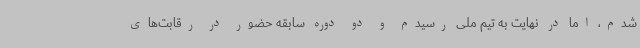
شدم، اما در نهایت به تیم ملی رسیدم و دو دوره سابقه حضور در رقابت‌های